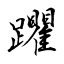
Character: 躣